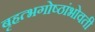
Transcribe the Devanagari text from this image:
बृहत्भगोष्ठांभोवती